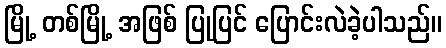
မြို့ တစ်မြို့ အဖြစ် ပြုပြင် ပြောင်းလဲခဲ့ပါသည်။